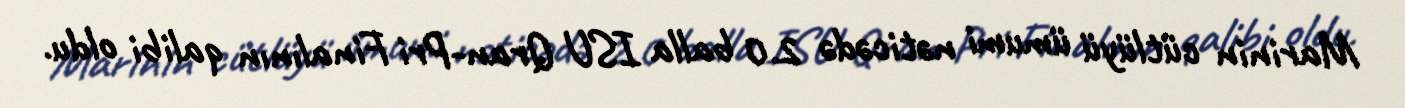
Marinin cütlüyü ümumi nəticədə 2.0 balla ISU Qran-Pri Finalının qalibi oldu.